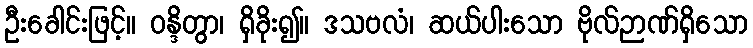
ဦးခေါင်းဖြင့်။ ဝန္ဒိတွာ၊ ရှိခိုး၍။ ဒသဗလံ၊ ဆယ်ပါးသော ဗိုလ်ဉာဏ်ရှိသော